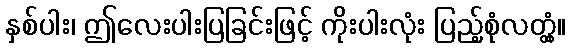
နှစ်ပါး၊ ဤလေးပါးပြခြင်းဖြင့် ကိုးပါးလုံး ပြည့်စုံလတ္တံ့။